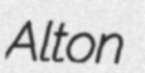
Alton